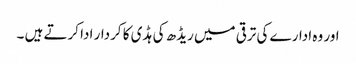
اور وہ ادارے کی ترقی میں ریڈھ کی ہڈی کا کردار ادا کرتے ہیں ۔